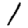
Digit: 1